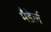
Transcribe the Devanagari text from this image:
मैडेर्ल